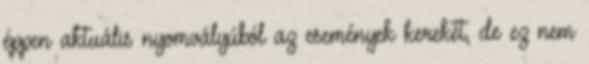
éppen aktuális nyomvályúból az események kerekét, de ez nem